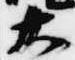
大